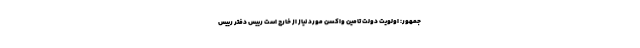
جمهور: اولویت دولت تامین واکسن مورد نیاز از خارج است رییس دفتر رییس